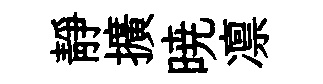
靜擴暁凛